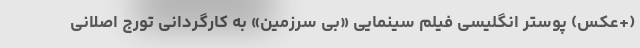
(+عکس) پوستر انگلیسی فیلم سینمایی «بی سرزمین» به کارگردانی تورج اصلانی